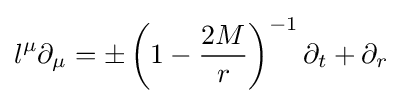
l^{\mu }\partial _{\mu }=\pm \left(1-{\frac {2M}{r}}\right)^{-1}\partial _{t}+\partial _{r}